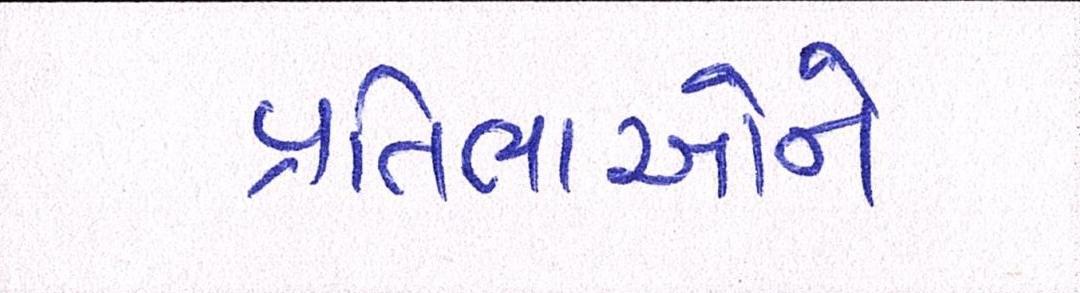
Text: પ્રતિભાઓને